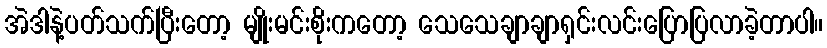
အဲဒါနဲ့ပတ်သက်ပြီးတော့ မျိုးမင်းစိုးကတော့ သေသေချာချာရှင်းလင်းပြောပြလာခဲ့တာပါ။